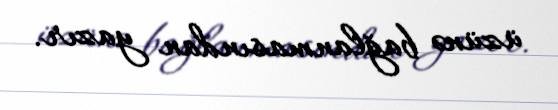
üzünə bağlanmasından yazır.